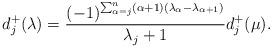
LaTeX: \begin{align*}d_{j}^+(\lambda)=\frac{(-1)^{\sum_{\alpha=j}^n(\alpha+1)(\lambda_\alpha-\lambda_{\alpha+1})}}{\lambda_j+1}d_{j}^+(\mu).\end{align*}